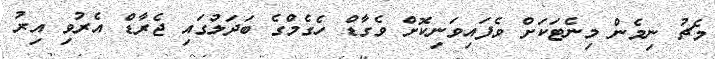
މެޗު ނިމެން މިނެޓަަކަށް ވެފައިވަނިކޮށް ވެގާޑް ހެގެމްގެ ބަދަލުގައި ޖެރާޑް އެރުވި އިރު